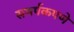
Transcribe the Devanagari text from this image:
समर्पकपणे